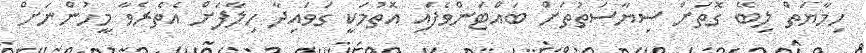
ހިމާޔަތް ލިބޭ ގޮތަށް ސިޔާސަތުތަށް ބައްޓަންވެފައި އޮތުމަކީ ގަވައިދާ ހިލާފަށް އެތެރެވާ މީހުންނަށް